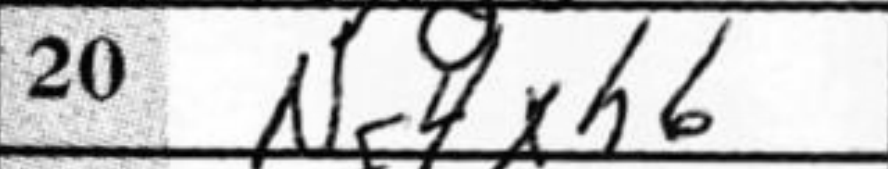
Transcription: Ng4xh6